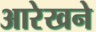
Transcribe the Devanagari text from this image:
आरेखने